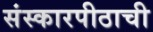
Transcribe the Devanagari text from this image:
संस्कारपीठाची